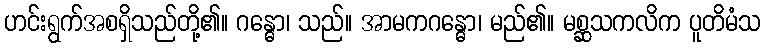
ဟင်းရွက်အစရှိသည်တို့၏။ ဂန္ဓော၊ သည်။ အာမကဂန္ဓော၊ မည်၏။ မစ္ဆသကလိက ပူတိမံသ